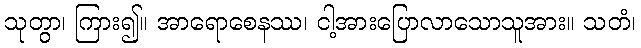
သုတွာ၊ ကြား၍။ အာရောစေနဿ၊ ငါ့အားပြောလာသောသူအား။ သတံ၊